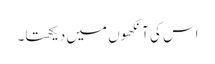
اس کی آنکھوں میں دیکھتا۔